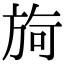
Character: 㫊